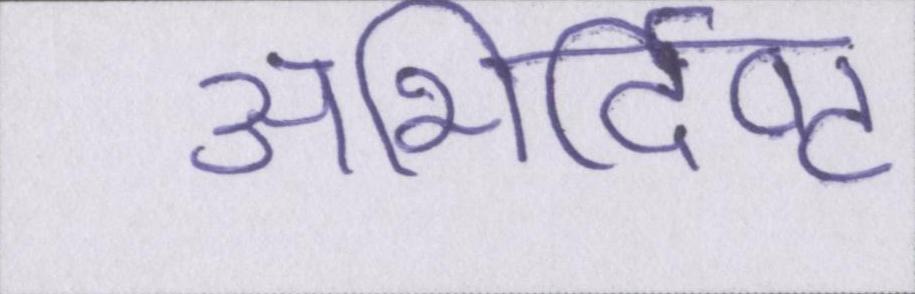
अभिर्दिष्ट